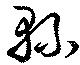
縣